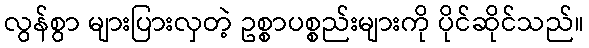
လွန်စွာ များပြားလှတဲ့ ဥစ္စာပစ္စည်းများကို ပိုင်ဆိုင်သည်။